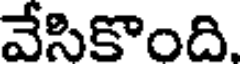
వేసికొంది.